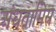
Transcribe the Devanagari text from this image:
अंधतामिस्र